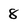
Character: 8